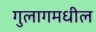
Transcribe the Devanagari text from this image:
गुलागमधील